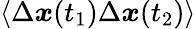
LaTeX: \left\langle\Delta\boldsymbol{x}(t_{1})\Delta\boldsymbol{x}(t_{2})\right\rangle